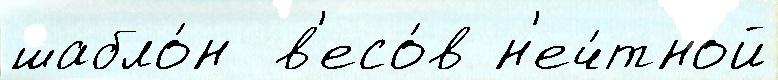
шабло́н  в'есо́в н'еч́тной